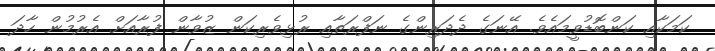
ކަމަކާއި ކަންބޮޑުވީމައެވެ. އޭނަގެ ދެދަރިންގެ ނަފްރަތާއި ރުޅިވެރިކަން ޒުވާން ފުރާއަށް އެރުމުން ހާދަ